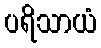
ပရိသာယံ